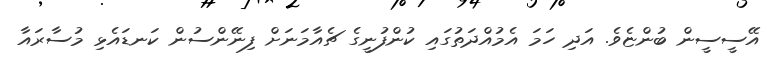
އޭސީސީން ބުންޏެވެ. އަދި ހަމަ އެމުއްދަތުގައި ކުންފުނީގެ ޗެއާމަނަށް ފިނޭންސުން ކަނޑައެޅި މުސާރައާ